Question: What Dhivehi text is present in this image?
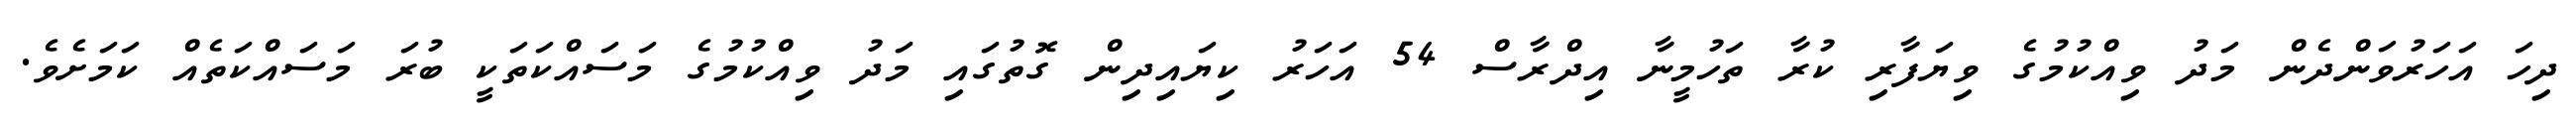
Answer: ދިހަ އަހަރުވަންދެން މަދު ވިއްކުމުގެ ވިޔަފާރި ކުރާ ތަހުމީނާ އިދްރާސް 54 އަހަރު ކިޔައިދިން ގޮތުގައި މަދު ވިއްކުމުގެ މަސައްކަތަކީ ބުރަ މަސައްކަތެއް ކަމަށެވެ.